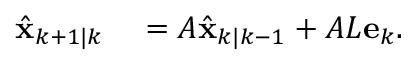
\begin{array} { r l } { \hat { \mathbf { x } } _ { k + 1 | k } } & { { } = A \hat { \mathbf { x } } _ { k | k - 1 } + A L \mathbf { e } _ { k } . } \end{array}